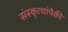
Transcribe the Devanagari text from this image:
संस्कृत्यांपैकी